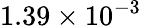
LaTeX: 1.39\times 10^{-3}